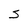
Character: S